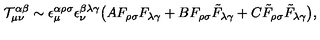
{ \cal T } _ { \mu \nu } ^ { \alpha \beta } \sim \epsilon _ { \mu } ^ { \alpha \rho \sigma } \epsilon _ { \nu } ^ { \beta \lambda \gamma } \big ( A F _ { \rho \sigma } F _ { \lambda \gamma } + B F _ { \rho \sigma } \tilde { F } _ { \lambda \gamma } + C \tilde { F } _ { \rho \sigma } \tilde { F } _ { \lambda \gamma } \big ) ,